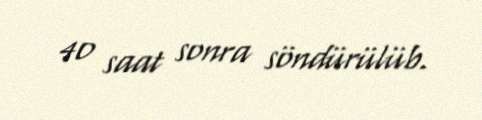
40 saat sonra söndürülüb.